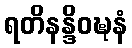
ရတိနန္ဒိဝဍ္ဎနံ